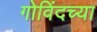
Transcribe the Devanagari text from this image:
गोविंदच्या